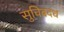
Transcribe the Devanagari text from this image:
सुचिबदध